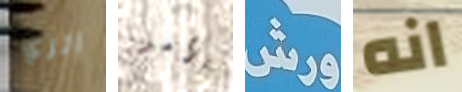
اتري الأمر ورش انه